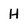
Character: H